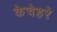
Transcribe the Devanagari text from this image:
केचेहरे